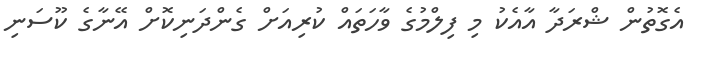
އެގޮތުން ޝްރަދާ އާއެކު މި ފިލްމުގެ ވާހަތައް ކުރިއަށް ގެންދަނިކޮށް އޭނާގެ ކޫސަނި